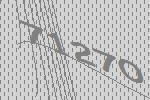
71270